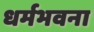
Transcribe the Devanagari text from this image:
धर्मभवना